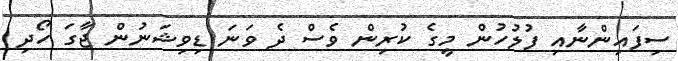
ސިފައިންނާއި ފުލުހުން މީގެ ކުރިން ވެސް ދެ ވަނަ ޑިވިޝަނުން ޖާގަ ހޯދި